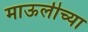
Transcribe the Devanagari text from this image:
माऊलीच्या